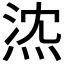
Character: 𤉠